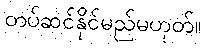
တပ်ဆင်နိုင်မည်မဟုတ်။